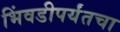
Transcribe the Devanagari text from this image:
भिंवडीपर्यंतचा